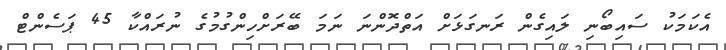
އެކަމަކު ސައިބޯނި ލައިގެން ރަނގަޅަށް އަތްދޮންނަ ނަމަ ބޭރަށްހިންގުމުގެ ނުރައްކާ 45 ޕަސެންޓް